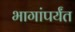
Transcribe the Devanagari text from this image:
भागांपर्यंत